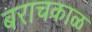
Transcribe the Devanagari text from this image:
बराचकाळ